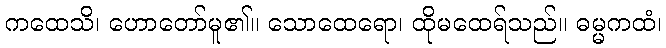
ကထေသိ၊ ဟောတော်မူ၏။ သောထေရော၊ ထိုမထေရ်သည်။ ဓမ္မကထံ၊